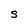
Character: S